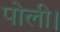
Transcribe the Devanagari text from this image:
पोली।